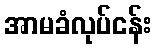
အာမခံလုပ်ငန်း